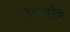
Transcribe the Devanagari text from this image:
डाउनब्रेक